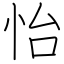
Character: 怡